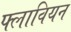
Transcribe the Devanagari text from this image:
फ्लावियन